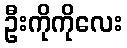
ဦးကိုကိုလေး